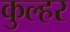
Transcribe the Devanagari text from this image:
कुल्हर